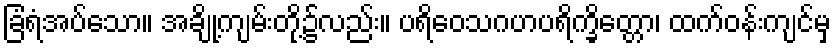
ခြံရံအပ်သော။ အချို့ကျမ်းတို့၌လည်း။ ပရိဝေသဂဟပရိက္ခိတ္တော၊ ထက်ဝန်းကျင်မှ